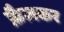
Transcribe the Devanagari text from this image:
फ़ैलकर